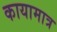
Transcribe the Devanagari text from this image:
कायामात्र